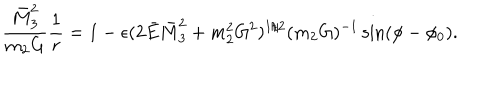
\frac { \bar { M } _ { 3 } ^ { 2 } } { m _ { 2 } G } \frac { 1 } { r } = 1 - \epsilon ( 2 \bar { E } \bar { M } _ { 3 } ^ { 2 } + m _ { 2 } ^ { 2 } G ^ { 2 } ) ^ { 1 / 2 } ( m _ { 2 } G ) ^ { - 1 } \sin ( \phi - \phi _ { 0 } ) .